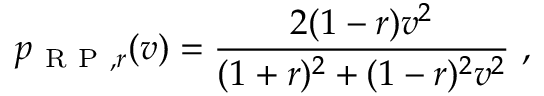
p _ { \mathrm { ~ R ~ P ~ } , r } ( v ) = \frac { 2 ( 1 - r ) v ^ { 2 } } { ( 1 + r ) ^ { 2 } + ( 1 - r ) ^ { 2 } v ^ { 2 } } \ ,